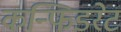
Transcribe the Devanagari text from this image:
कन्फिडरेट